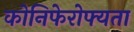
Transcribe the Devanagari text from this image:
कोनिफेरोफ्यता